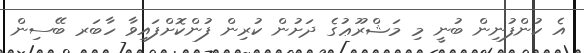
އެ ކުންފުނިން ބުނީ މި މަޝްރޫޢުގެ ދަށުން ކުރިން ފުންކޮށްފައިވާ ހާބަރ ބޭސިން